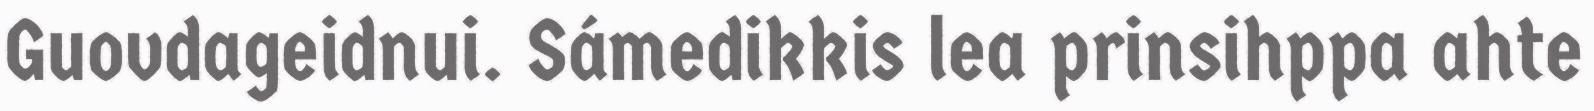
Guovdageidnui. Sámedikkis lea prinsihppa ahte